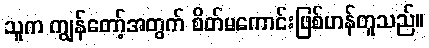
သူက ကျွန်တော့်အတွက် စိတ်မကောင်းဖြစ်ဟန်တူသည်။